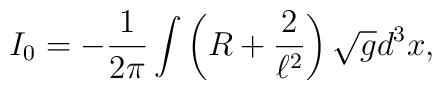
I_{0} = -\frac{1}{2 \pi} \int \left( R + \frac{2}{\ell^2} \right)\sqrt{g} d^3x,